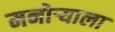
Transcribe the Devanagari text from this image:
मनोऱ्याला